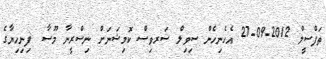
ތަފްސީލް 2012-09-27 އެހެނިހެން ސިވިލް ސަރވިސް ކޮމިޝަނަށް ނިސްރީނާ މޫސާ  ފިނިހިޔާގެ